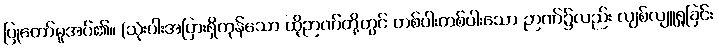
ပြုတော်မူအပ်၏။ (သုံးပါးအပြားရှိကုန်သော ထိုဉာဏ်တို့တွင် တစ်ပါးတစ်ပါးသော ဉာဏ်၌လည်း လျစ်လျူရှုခြင်း